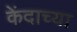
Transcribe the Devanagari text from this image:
केंदाच्या